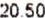
20.50